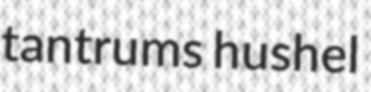
tantrums hushel